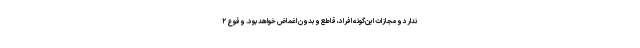
ندارد و مجازات این‌گونه افراد، قاطع و بدون اغماض خواهد بود. وقوع ۲